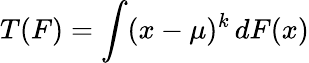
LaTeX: T(F)=\int(x-\mu)^{k}\, dF(x)